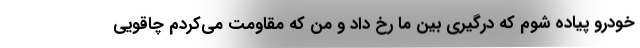
خودرو پیاده شوم که درگیری بین ما رخ داد و من که مقاومت می‌کردم چاقویی